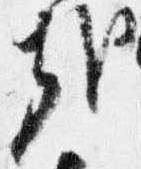
哉